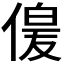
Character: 𫣋